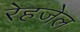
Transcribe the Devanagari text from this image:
रेहजेल